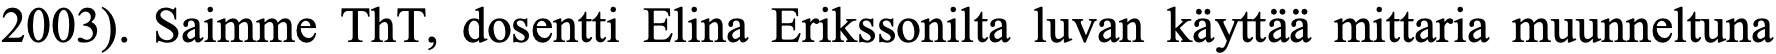
2003). Saimme ThT, dosentti Elina Erikssonilta luvan käyttää mittaria muunneltuna